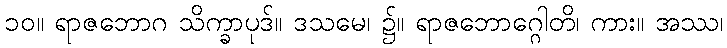
၁၀။ ရာဇဘောဂ သိက္ခာပုဒ်။ ဒသမေ၊ ၌။ ရာဇဘောဂ္ဂေါတိ၊ ကား။ အဿ၊